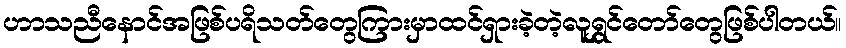
ဟာသညီနောင်အဖြစ်ပရိသတ်တွေကြားမှာထင်ရှားခဲ့တဲ့လူရွှင်တော်တွေဖြစ်ပါတယ်။